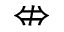
\nLeftrightarrow